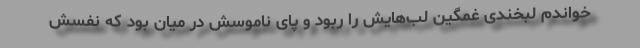
خواندم لبخندی غمگین لب‌هایش را ربود و پای ناموسش در میان بود که نفسش